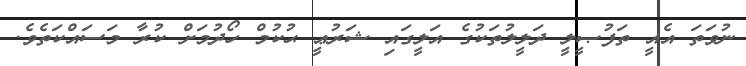
ނުވަތަ އެއީ ތަފުޞީލީ ދަލީލުތަކުގެ އަލީގައި ޝަރުޢީ ޙުކުމް ހޯދުމަށް ކުރާ މަސައްކަތެވެ.